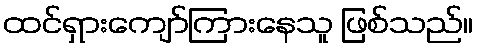
ထင်ရှားကျော်ကြားနေသူ ဖြစ်သည်။